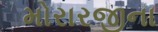
મોરારજીના